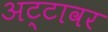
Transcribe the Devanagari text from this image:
अट्टावर